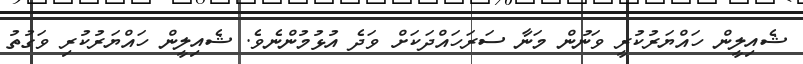
ޝެއިލީން ހައްޔަރުކުރީ ވަނުން މަނާ ސަރަހައްދަކަށް ވަދެ އުޅުމުންނެވެ. ޝެއިލީން ހައްޔަރުކުރި ވަގުތު